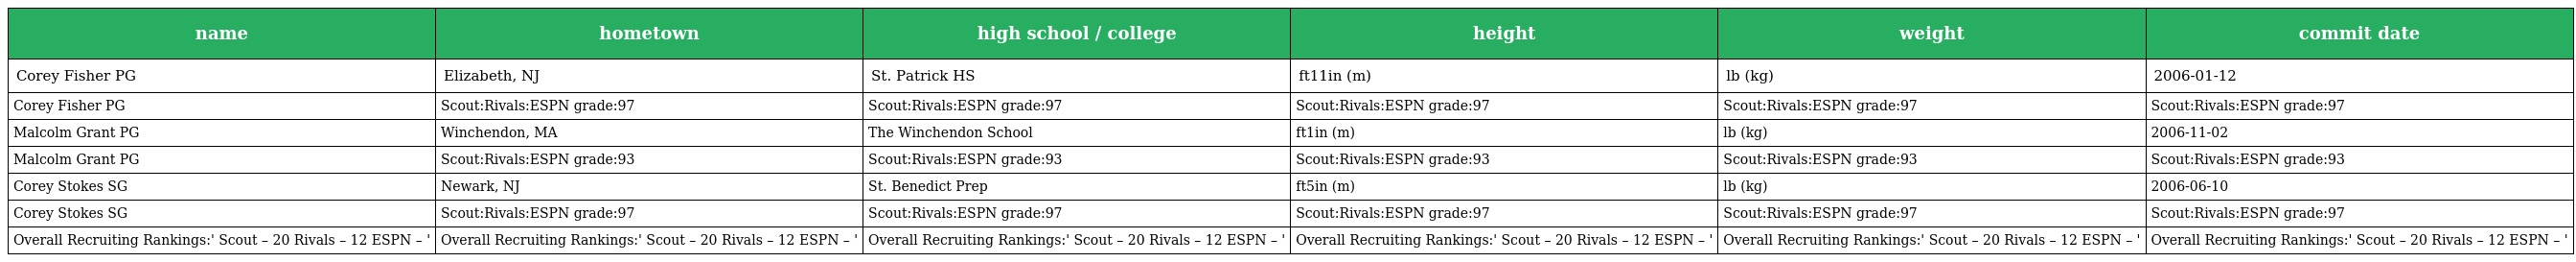
| name | hometown | high school / college | height | weight | commit date |
 | --- | --- | --- | --- | --- | --- |
 | Corey Fisher PG | Elizabeth, NJ | St. Patrick HS | ft11in (m) | lb (kg) | 2006-01-12 |
 | Corey Fisher PG | Scout:Rivals:ESPN grade:97 | Scout:Rivals:ESPN grade:97 | Scout:Rivals:ESPN grade:97 | Scout:Rivals:ESPN grade:97 | Scout:Rivals:ESPN grade:97 |
 | Malcolm Grant PG | Winchendon, MA | The Winchendon School | ft1in (m) | lb (kg) | 2006-11-02 |
 | Malcolm Grant PG | Scout:Rivals:ESPN grade:93 | Scout:Rivals:ESPN grade:93 | Scout:Rivals:ESPN grade:93 | Scout:Rivals:ESPN grade:93 | Scout:Rivals:ESPN grade:93 |
 | Corey Stokes SG | Newark, NJ | St. Benedict Prep | ft5in (m) | lb (kg) | 2006-06-10 |
 | Corey Stokes SG | Scout:Rivals:ESPN grade:97 | Scout:Rivals:ESPN grade:97 | Scout:Rivals:ESPN grade:97 | Scout:Rivals:ESPN grade:97 | Scout:Rivals:ESPN grade:97 |
 | Overall Recruiting Rankings:' Scout – 20 Rivals – 12 ESPN – ' | Overall Recruiting Rankings:' Scout – 20 Rivals – 12 ESPN – ' | Overall Recruiting Rankings:' Scout – 20 Rivals – 12 ESPN – ' | Overall Recruiting Rankings:' Scout – 20 Rivals – 12 ESPN – ' | Overall Recruiting Rankings:' Scout – 20 Rivals – 12 ESPN – ' | Overall Recruiting Rankings:' Scout – 20 Rivals – 12 ESPN – ' |